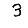
Digit: 3